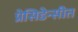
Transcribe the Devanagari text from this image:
प्रेसिडेन्सीत